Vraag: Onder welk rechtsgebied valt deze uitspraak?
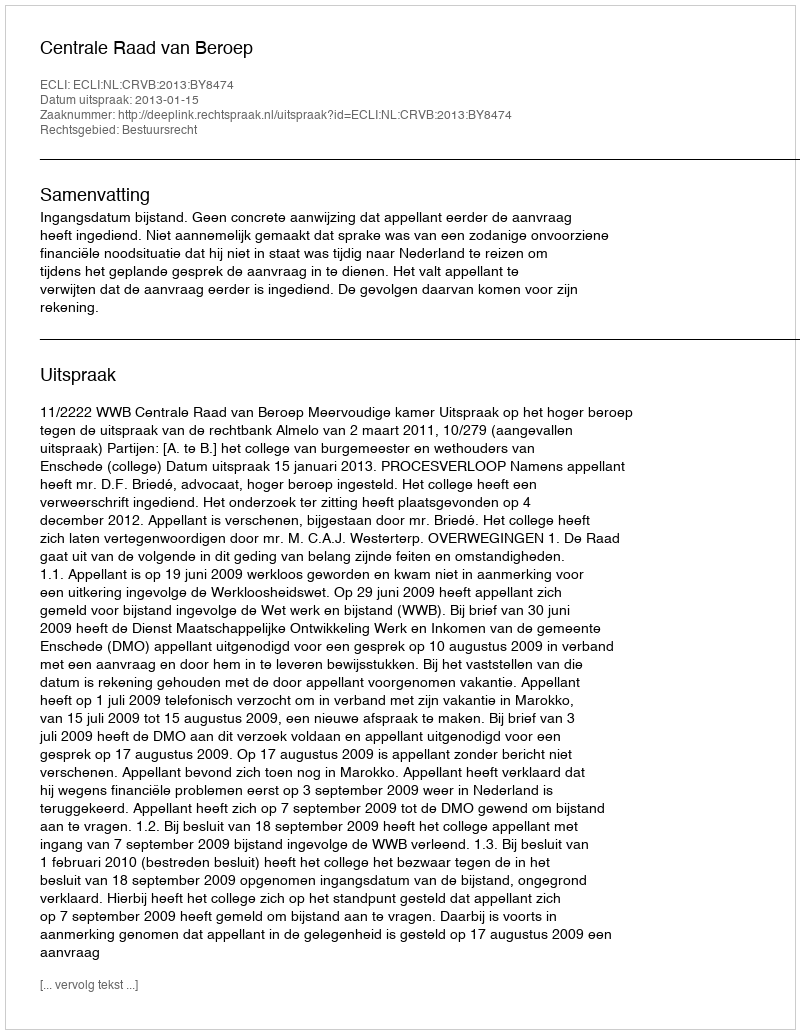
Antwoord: Bestuursrecht